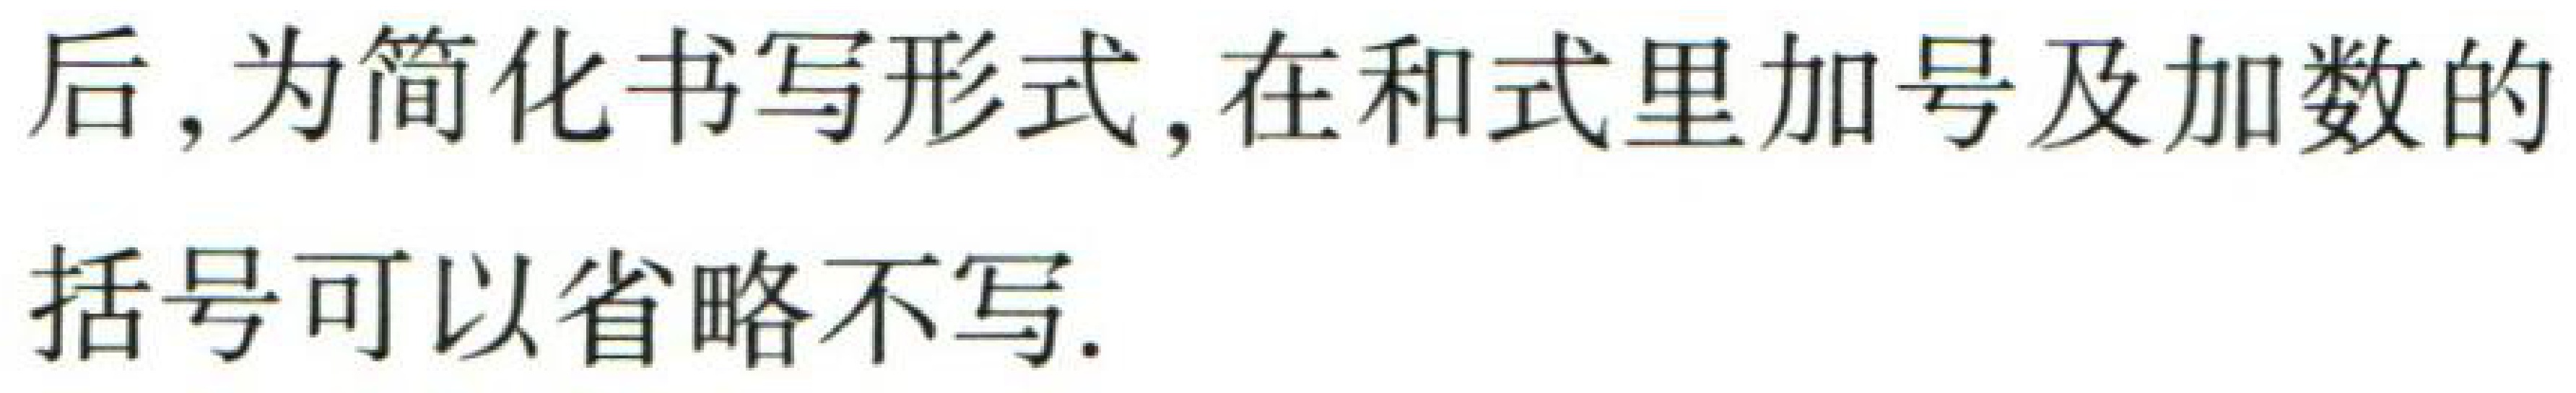
后, 为简化书写形式, 在和式里加号及加数的括号可以省略不写.